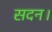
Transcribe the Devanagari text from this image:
सदन।